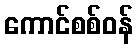
ကောင်စစ်ဝန်